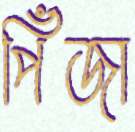
পিঁজা